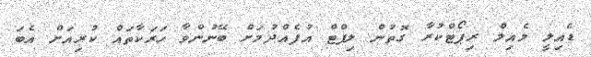
ޑެއިލީ މެއިލް ރިޕޯޓްކުރާ ގޮތުން ލިފްޓް އުފެއްދުމަށް ބޭނުންވާ ހަރަކާތައް ކުރިއަށް އެބަ